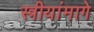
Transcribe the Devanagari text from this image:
स्त्रीयांमागे